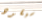
سيقود